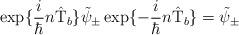
LaTeX: \begin{align*}\exp\{\frac{i}{\hbar} n \hat{\rm T}_b \} \tilde{\psi}_{\pm}\exp\{- \frac{i}{\hbar} n \hat{\rm T}_b \} =\tilde{\psi}_{\pm}\end{align*}